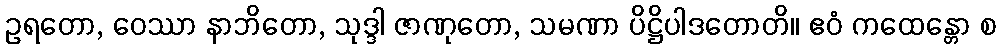
ဥရတော, ဝေဿာ နာဘိတော, သုဒ္ဒါ ဇာဏုတော, သမဏာ ပိဋ္ဌိပါဒတောတိ။ ဧဝံ ကထေန္တော စ